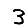
Digit: 3